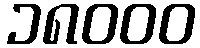
၁၈၀၀၀